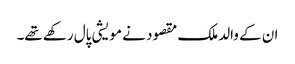
ان کے والد ملک مقصود نے مویشی پال رکھے تھے۔